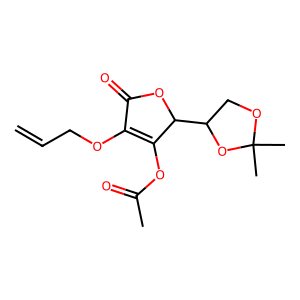
SMILES: C=CCOC1=C(OC(C)=O)C(C2COC(C)(C)O2)OC1=O
Inhibits HIV replication: No